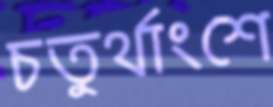
চতুর্থাংশে